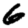
Digit: 6